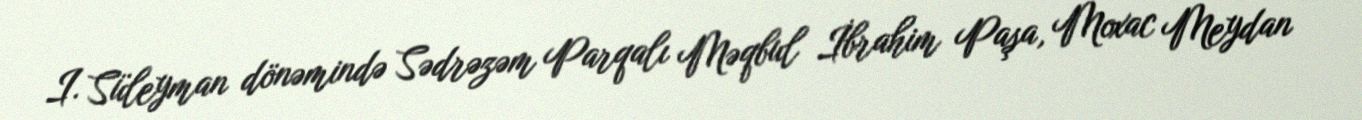
I. Süleyman dönəmində Sədrəzəm Parqalı Məqbul İbrahim Paşa, Moxac Meydan